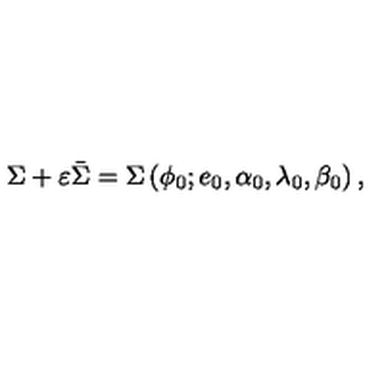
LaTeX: \Sigma + \varepsilon \bar { \Sigma } = \Sigma \left( \phi _ { 0 } ; e _ { 0 } , \alpha _ { 0 } , \lambda _ { 0 } , \beta _ { 0 } \right) ,